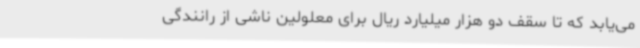
می‌یابد که تا سقف دو هزار میلیارد ریال برای معلولین ناشی از رانندگی